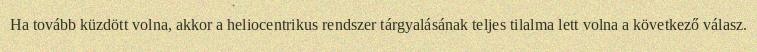
Ha tovább küzdött volna, akkor a heliocentrikus rendszer tárgyalásának teljes tilalma lett volna a következő válasz.